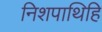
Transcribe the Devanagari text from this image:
निशपाथिहि